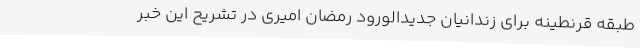
طبقه قرنطینه برای زندانیان جدیدالورود رمضان امیری در تشریح این خبر